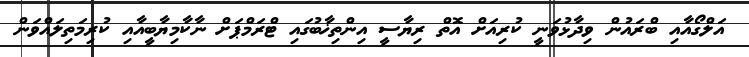
އަލްގޯއާއި ބްރައުން ވިދާޅުވަނީ ކުރިއަށް އޮތް ރިޔާސީ އިންތިޚާބުގައި ޓްރަމްޕަށް ނާކާމިޔާބީއާއި ކުރިމަތިލައްވަން